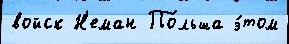
войск Н'еман По́льша э́том